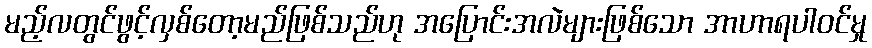
မည့်လတွင်ဖွင့်လှစ်တော့မည်ဖြစ်သည်ဟု အပြောင်းအလဲများဖြစ်သော အာဟာရပါဝင်မှု